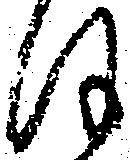
ほ